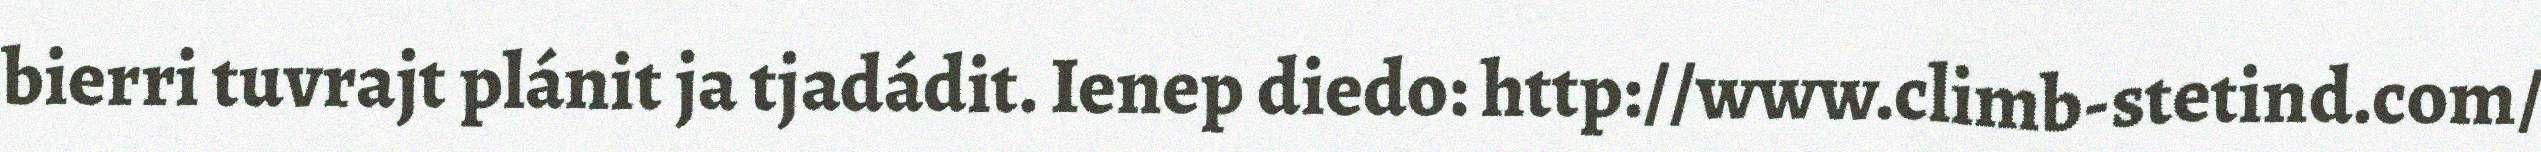
bierri tuvrajt plánit ja tjadádit. Ienep diedo: http://www.climb-stetind.com/